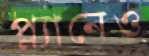
প্ল্যানেও